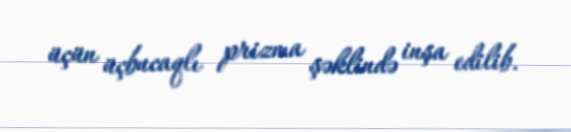
üçün üçbucaqlı prizma şəklində inşa edilib.